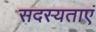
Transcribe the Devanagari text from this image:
सदस्यताएं